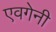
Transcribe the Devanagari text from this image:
एवगेनी